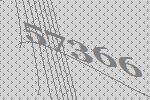
57366